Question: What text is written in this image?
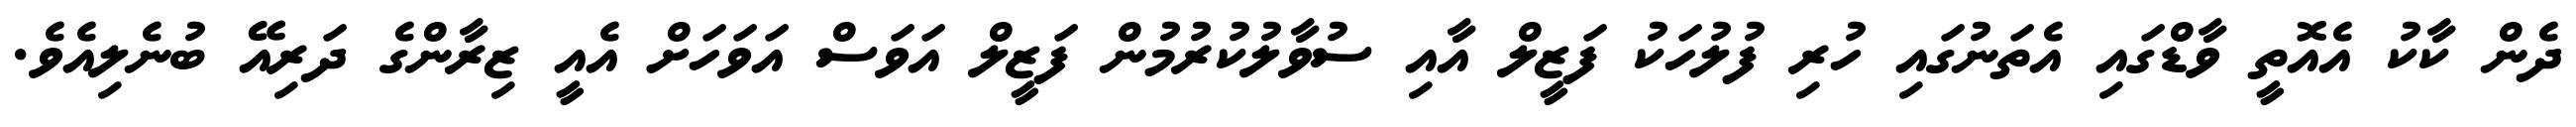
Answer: ދެން ކާކު އެއޮތީ ވާޑްގައި އެތަނުގައި ހުރި ފުލުހަކު ފަޒީލް އާއި ސުވާލުކުރުމުން ފަޒީލް އަވަސް އަވަހަށް އެއީ ޒިރާންގެ ދަރިއޭ ބުނެލިއެވެ.